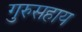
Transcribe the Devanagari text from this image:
गुरुसहाय